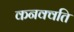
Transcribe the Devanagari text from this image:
कनक्वति